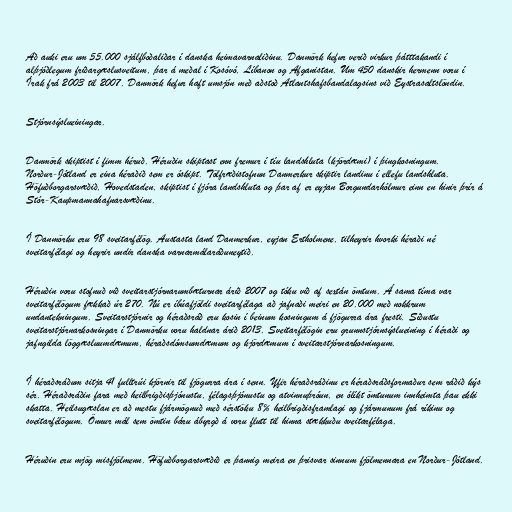
Að auki eru um 55.000 sjálfboðaliðar í danska heimavarnaliðinu. Danmörk hefur verið virkur þátttakandi í
alþjóðlegum friðargæslusveitum, þar á meðal í Kosóvó, Líbanon og Afganistan. Um 450 danskir hermenn voru í
Írak frá 2003 til 2007. Danmörk hefur haft umsjón með aðstoð Atlantshafsbandalagsins við Eystrasaltslöndin.

Stjórnsýslueiningar.

Danmörk skiptist í fimm héruð. Héruðin skiptast enn fremur í tíu landshluta (kjördæmi) í þingkosningum.
Norður-Jótland er eina héraðið sem er óskipt. Tölfræðistofnun Danmerkur skiptir landinu í ellefu landshluta.
Höfuðborgarsvæðið, Hovedstaden, skiptist í fjóra landshluta og þar af er eyjan Borgundarhólmur einn en hinir þrír á
Stór-Kaupmannahafnarsvæðinu.

Í Danmörku eru 98 sveitarfélög. Austasta land Danmerkur, eyjan Ertholmene, tilheyrir hvorki héraði né
sveitarfélagi og heyrir undir danska varnarmálaráðuneytið.

Héruðin voru stofnuð við sveitarstjórnarumbæturnar árið 2007 og tóku við af sextán ömtum. Á sama tíma var
sveitarfélögum fækkað úr 270. Nú er íbúafjöldi sveitarfélaga að jafnaði meiri en 20.000 með nokkrum
undantekningum. Sveitarstjórnir og héraðsráð eru kosin í beinum kosningum á fjögurra ára fresti. Síðustu
sveitarstjórnarkosningar í Danmörku voru haldnar árið 2013. Sveitarfélögin eru grunnstjórnsýslueining í héraði og
jafngilda löggæsluumdæmum, héraðsdómsumdæmum og kjördæmum í sveitarstjórnarkosningum.

Í héraðsráðum sitja 41 fulltrúi kjörnir til fjögurra ára í senn. Yfir héraðsráðinu er héraðsráðsformaður sem ráðið kýs
sér. Héraðsráðin fara með heilbrigðisþjónustu, félagsþjónustu og atvinnuþróun, en ólíkt ömtunum innheimta þau ekki
skatta. Heilsugæslan er að mestu fjármögnuð með sérstöku 8% heilbrigðisframlagi og fjármunum frá ríkinu og
sveitarfélögum. Önnur mál sem ömtin báru ábyrgð á voru flutt til hinna stækkuðu sveitarfélaga.

Héruðin eru mjög misfjölmenn. Höfuðborgarsvæðið er þannig meira en þrisvar sinnum fjölmennara en Norður-Jótland.